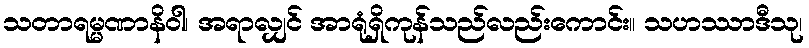
သတာရမ္မဏာနိဝါ၊ အရာလျှင် အာရုံရှိကုန်သည်လည်းကောင်း။ သဟဿာဒီသု၊